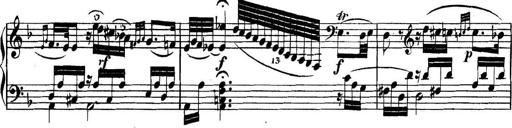
Title: Collected Piano Sonatas
Composer: Muzio Clementi